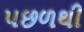
પછળથી